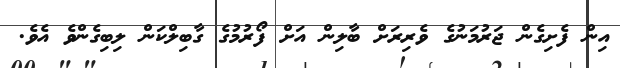
އިން ފެށިގެން ޖަރުމަނުގެ ވެރިރަށް ބާލިން އަށް ފޯރުމުގެ ގާބިލްކަން ލިބިގެންވެ އެވެ.